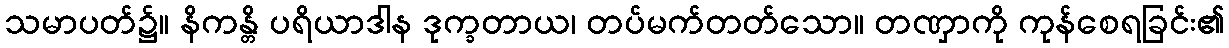
သမာပတ်၌။ နိကန္တိ ပရိယာဒါန ဒုက္ခတာယ၊ တပ်မက်တတ်သော။ တဏှာကို ကုန်စေရခြင်း၏